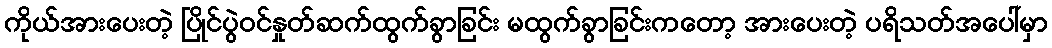
ကိုယ်အားပေးတဲ့ ပြိုင်ပွဲဝင်နှုတ်ဆက်ထွက်ခွာခြင်း မထွက်ခွာခြင်းကတော့ အားပေးတဲ့ ပရိသတ်အပေါ်မှာ